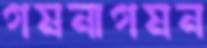
গমনাগমন